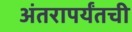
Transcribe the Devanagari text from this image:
अंतरापर्यंतची